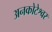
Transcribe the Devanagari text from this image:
अनकोटेश्वर